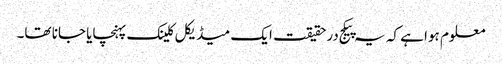
معلوم ہوا ہے کہ یہ پیکج درحقیقت ایک میڈیکل کلینک پہنچایا جانا تھا۔